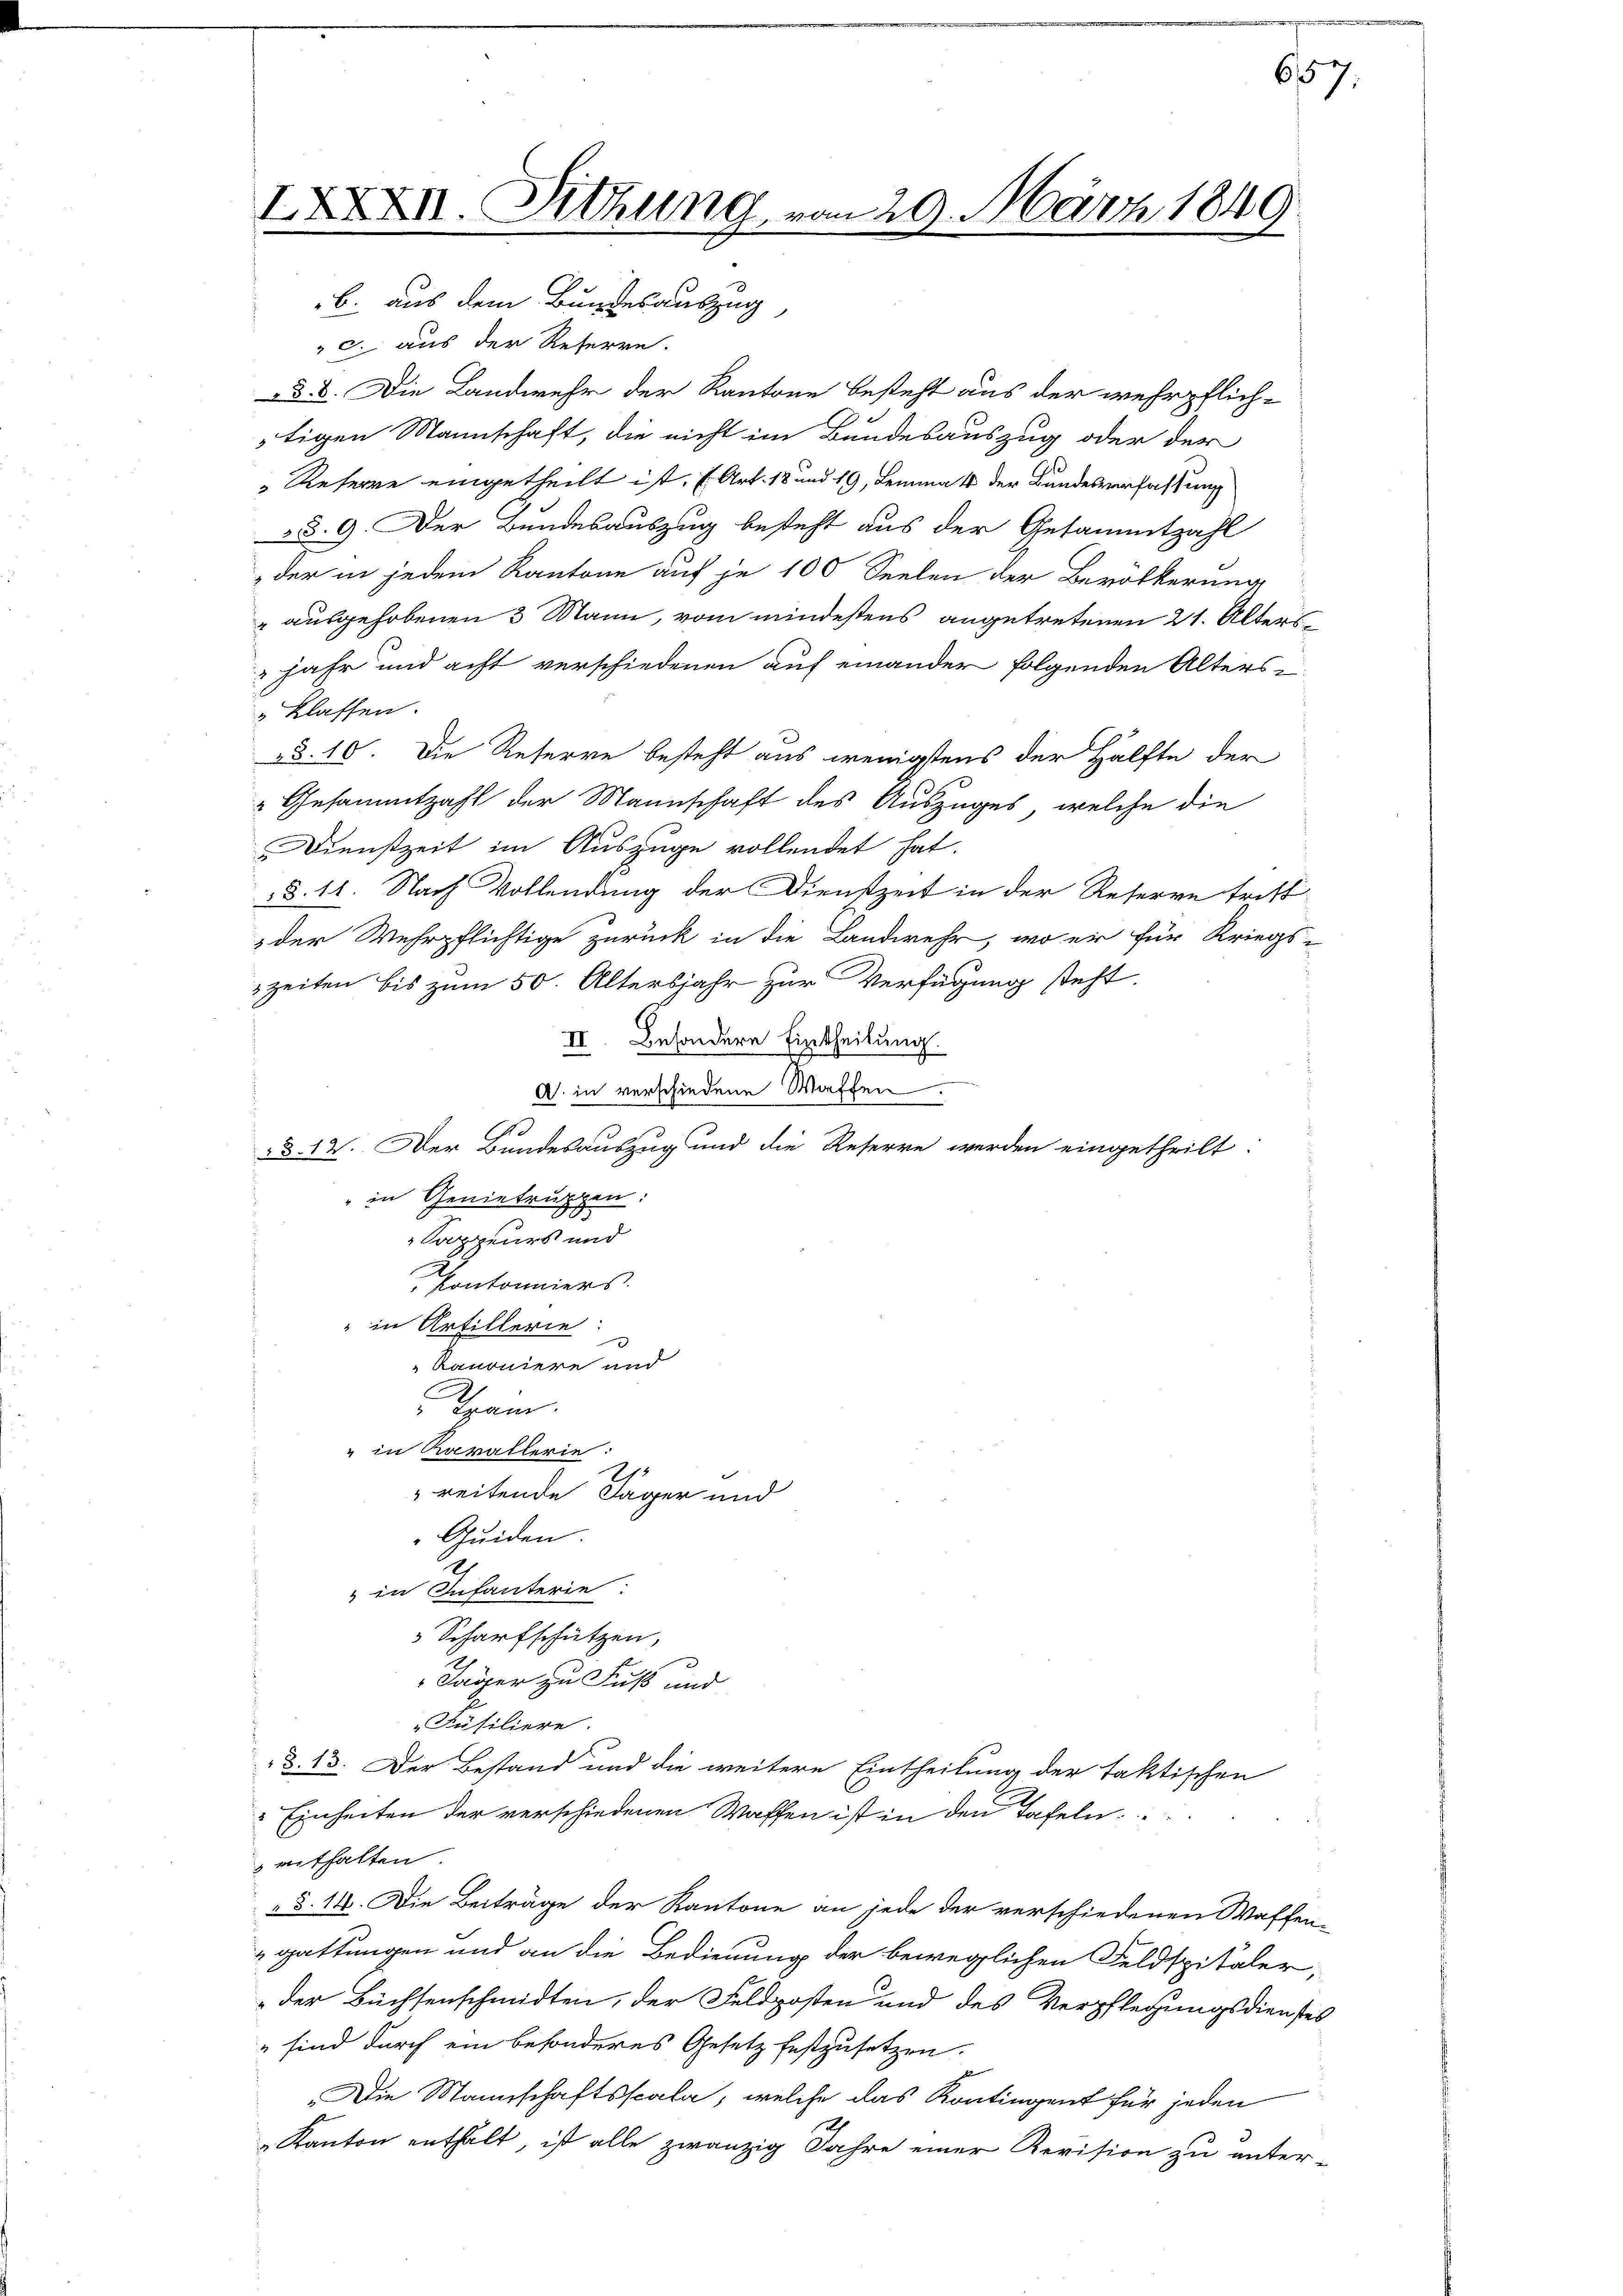
IXXXII. Sitzung vom 29. März 1849
b. aus dem Bundesauszug,

" c. aus der Reserre.
ad. 5. Die Landwehr der Kantone Besteht aus der wehrpflichtigen Mannschaft, die nicht im Bundesauszug oder der
Reserre eingetheilt ist. (Art. 18 und 19, Lemma 1 der Bundesverfassung
§. 9. Der Bundesauszug besteht aus der Gesammtzahl
der in jedem Kantone auf je 100 Seelen der Bevölkerung
" ausgehobenen 3 Mann, vom mindestens angetretenen 21. Alters
jahr und acht verschiedenen auf einander folgenden Alters-
„Klassen.
§. 10. Die Reserre besteht aus wenigstens der Hälfte der
 Gesammtzahl der Mannschaft des Auszuges, welche die
Dienstzeit im Auszüge vollendet hat.
§. 11. Nach Vollendung der Dienstzeit in der Reserve tritt
der Wehrpflichtige zurück in die Landwehr, wo er für Kriegs-
zeiten bis zum 50. Altersjahr zur Verfügung steht.
II. Besondere Eintheilung.
A. in verschiedene Waffen.
6
§.14. Der Bundesauszug und die Reserre werden eingetheilt.
" in Genietruppen:
Sappeurs und
Pontonniers.
" in Artillerie:
3
kanoniere und
Tram.
" in Kavallerie:
I
reitende Lager und
Quiden.
" in Infanterie:
 Scharfschützen,
Lapper zu Fuß und
Füsiliere.
§. 13. Der Bestand und die weitere Eintheilung der faktischen
" Einheiten der verschiedenen Waffen ist in den Tafeln
 enthalten.
 §. 14. Die Beiträge der Kantone an jede der verschiedenen Waffen-
gattungen und an die Bedienung der beweglichen Feldspitäler,
der Büchsenschmidten, der Feldposten und des Verpflegungsdienstes
" sind durch ein besonderes Gesetz festzusetzen.
„Die Mannschaftsscala, welche das Kontingent für jeden
Kanton enthält, ist alle zwanzig Jahre einer Revision zu unter-

657.